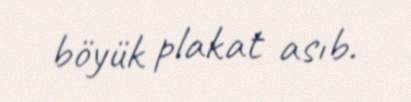
böyük plakat asıb.